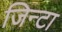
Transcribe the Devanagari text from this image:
जिन्टा